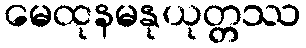
မေထုနမနုယုတ္တဿ